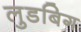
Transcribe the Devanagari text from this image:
लुडबिग